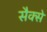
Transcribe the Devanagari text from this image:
सैक्से